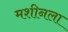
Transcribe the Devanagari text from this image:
मशीनला